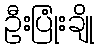
ဦးပြုံးချို